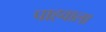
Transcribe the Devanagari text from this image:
पाहवाला